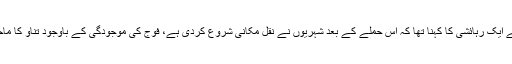
قریبی قصبے کے ایک رہائشی کا کہنا تھا کہ اس حملے کے بعد شہریوں نے نقل مکانی شروع کردی ہے، فوج کی موجودگی کے باوجود تناؤ کا ماحول پایا جاتا ہے۔